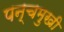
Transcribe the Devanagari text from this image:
पन्चमुखी